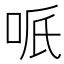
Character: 𠲐